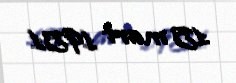
15 mart 1951